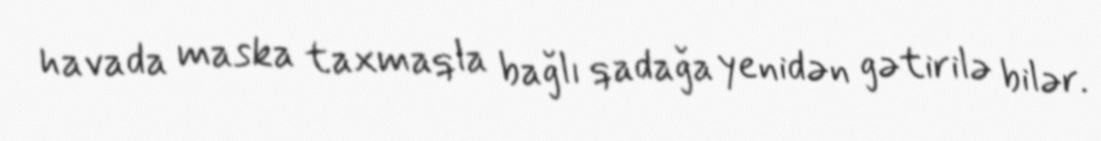
havada maska taxmaqla bağlı qadağa yenidən gətirilə bilər.